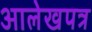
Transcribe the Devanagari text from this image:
आलेखपत्र